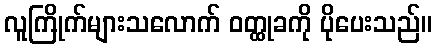
လူကြိုက်များသလောက် ဝတ္ထုခကို ပိုပေးသည်။